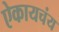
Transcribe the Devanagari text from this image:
ऐकायचंय